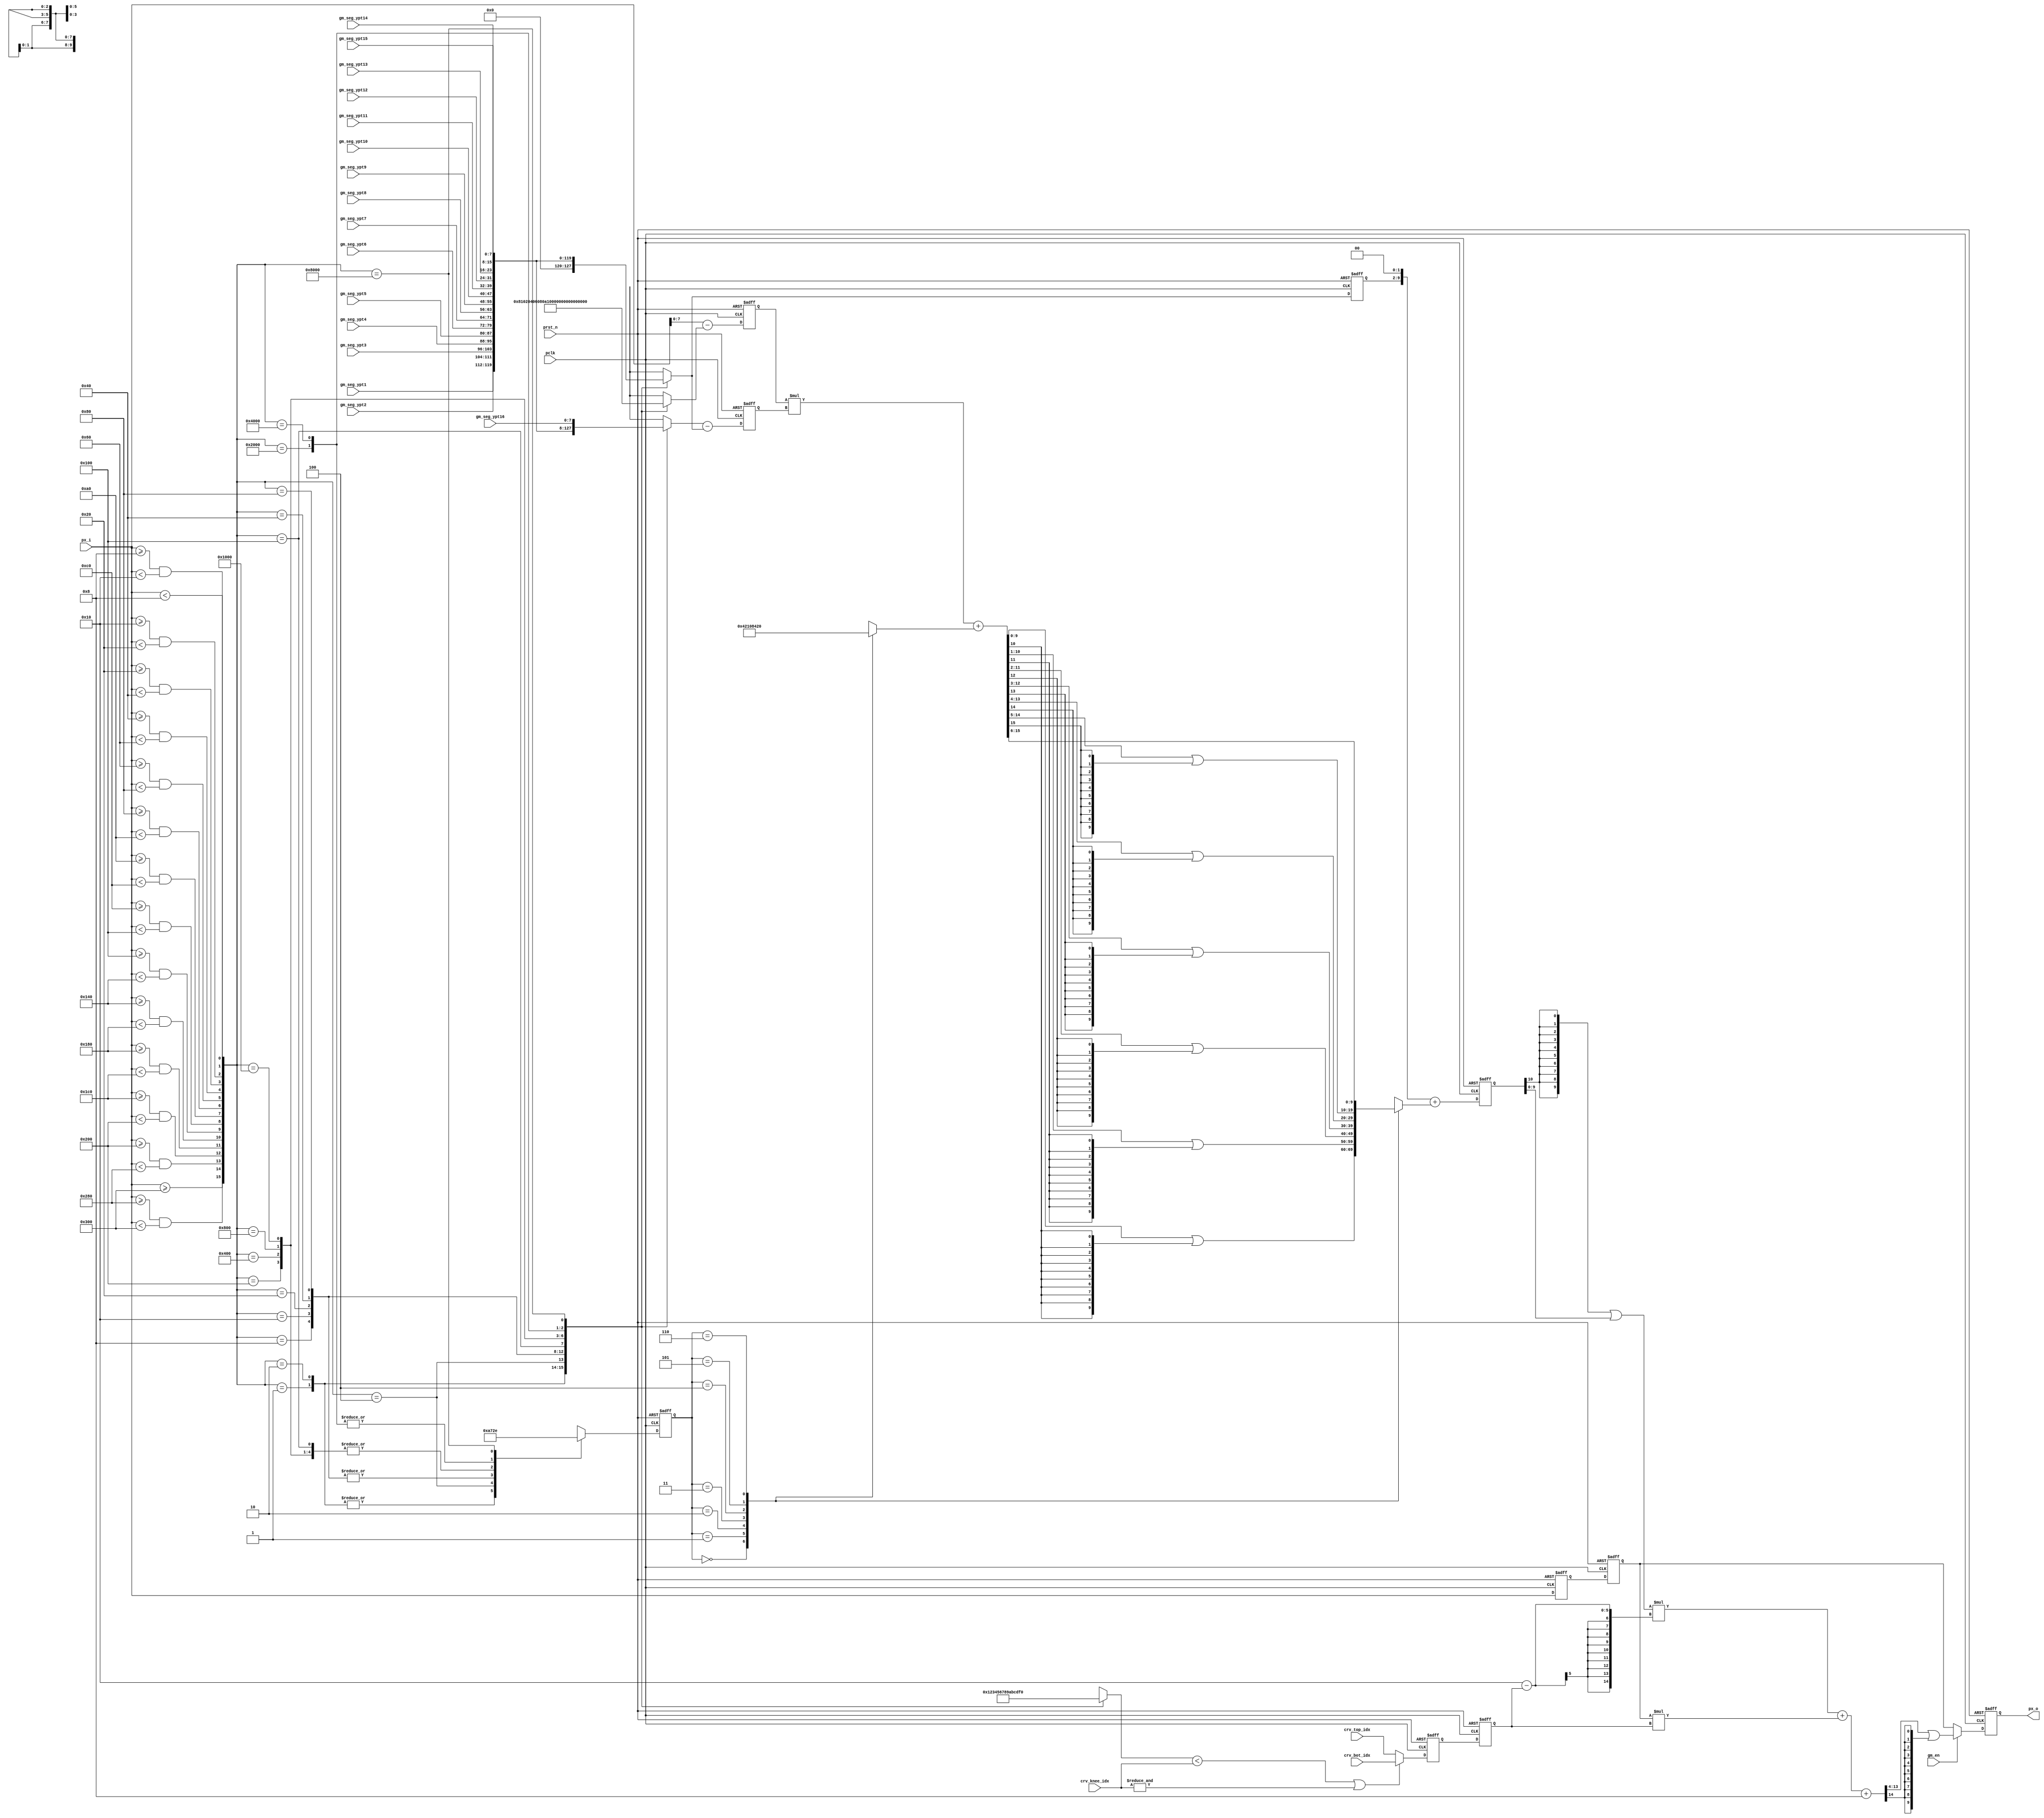
module  gm_curve

#(
parameter                       DATI_SZ         = 10,
parameter                       DATO_SZ         =  8,       // precision: 8.2

parameter                       LINEAR_CURVE    = 0
 )

(
//----------------------------------------------------------//
// Output declaration                                       //
//----------------------------------------------------------//

output      [DATO_SZ+1:0]       px_o,                       // Gamma corrected pixel

//----------------------------------------------------------//
// Input declaration                                        //
//----------------------------------------------------------//

input       [DATI_SZ-1:0]       px_i,                       // pixel input
input                           gm_en,                      // GM enable switch
input       [DATO_SZ-1:0]       gm_seg_ypt1,                // GM curve output seg1 start point
input       [DATO_SZ-1:0]       gm_seg_ypt2,                // GM curve output seg2 start point
input       [DATO_SZ-1:0]       gm_seg_ypt3,                // GM curve output seg3 start point
input       [DATO_SZ-1:0]       gm_seg_ypt4,                // GM curve output seg4 start point
input       [DATO_SZ-1:0]       gm_seg_ypt5,                // GM curve output seg5 start point
input       [DATO_SZ-1:0]       gm_seg_ypt6,                // GM curve output seg6 start point
input       [DATO_SZ-1:0]       gm_seg_ypt7,                // GM curve output seg7 start point
input       [DATO_SZ-1:0]       gm_seg_ypt8,                // GM curve output seg8 start point
input       [DATO_SZ-1:0]       gm_seg_ypt9,                // GM curve output seg9 start point
input       [DATO_SZ-1:0]       gm_seg_ypt10,               // GM curve output seg10 start point
input       [DATO_SZ-1:0]       gm_seg_ypt11,               // GM curve output seg11 start point
input       [DATO_SZ-1:0]       gm_seg_ypt12,               // GM curve output seg12 start point
input       [DATO_SZ-1:0]       gm_seg_ypt13,               // GM curve output seg13 start point
input       [DATO_SZ-1:0]       gm_seg_ypt14,               // GM curve output seg14 start point
input       [DATO_SZ-1:0]       gm_seg_ypt15,               // GM curve output seg15 start point
input       [DATO_SZ-1:0]       gm_seg_ypt16,               // GM curve output seg16 start point
input       [3:0]               crv_knee_idx,               // GM curve knee segment index
input       [3:0]               crv_bot_idx,                // GM curve bottom index
input       [3:0]               crv_top_idx,                // GM curve top index

input                           pclk,                       // pixel clock
input                           prst_n                      // active low reset for pclk domain
);

//----------------------------------------------------------//
// Local Parameter                                          //
//----------------------------------------------------------//

localparam              GM_XPT01        =   8,
                        GM_XPT02        =   8+GM_XPT01,
                        GM_XPT03        =  16+GM_XPT02,
                        GM_XPT04        =  32+GM_XPT03,
                        GM_XPT05        =  32+GM_XPT04,
                        GM_XPT06        =  32+GM_XPT05,
                        GM_XPT07        =  32+GM_XPT06,
                        GM_XPT08        =  32+GM_XPT07,
                        GM_XPT09        =  64+GM_XPT08,
                        GM_XPT10        =  64+GM_XPT09,
                        GM_XPT11        =  64+GM_XPT10,
                        GM_XPT12        =  64+GM_XPT11,
                        GM_XPT13        =  64+GM_XPT12,
                        GM_XPT14        = 128+GM_XPT13,
                        GM_XPT15        = 128+GM_XPT14,
                        GM_XPT16        = 1'b1 << DATI_SZ;

localparam              SEG00           = 16'b0000_0000_0000_0001,
                        SEG01           = 16'b0000_0000_0000_0010,
                        SEG02           = 16'b0000_0000_0000_0100,
                        SEG03           = 16'b0000_0000_0000_1000,
                        SEG04           = 16'b0000_0000_0001_0000,
                        SEG05           = 16'b0000_0000_0010_0000,
                        SEG06           = 16'b0000_0000_0100_0000,
                        SEG07           = 16'b0000_0000_1000_0000,
                        SEG08           = 16'b0000_0001_0000_0000,
                        SEG09           = 16'b0000_0010_0000_0000,
                        SEG10           = 16'b0000_0100_0000_0000,
                        SEG11           = 16'b0000_1000_0000_0000,
                        SEG12           = 16'b0001_0000_0000_0000,
                        SEG13           = 16'b0010_0000_0000_0000,
                        SEG14           = 16'b0100_0000_0000_0000,
                        SEG15           = 16'b1000_0000_0000_0000;


//----------------------------------------------------------//
// REG/Wire declaration                                     //
//----------------------------------------------------------//

reg [DATO_SZ+1:0]       px_o;                               // Gamma corrected pixel
reg [DATI_SZ-1:0]       px_i_q1;                            // px_i CK 1T
reg [DATI_SZ-1:0]       px_i_q2;                            // px_i CK 1T
reg [ 2:0]              sft_idx_q1;                         // sft_idx CK 1T
reg [ 7:0]              pxi_dx_q1;                          // pxi_dx CK 1T
reg [ 7:0]              seg_dy_q1;                          // seg_dy CK 1T
reg [DATO_SZ-1:0]       ypt_str_q1;                         // y start point of segment n
reg [ 3:0]              crv_idx_q1;                         //
reg [ 3:0]              crv_idx_q2;                         //

// Combinational logic
reg [DATI_SZ-1:0]       xpt_str;                            // x start point of segment n
reg [DATO_SZ-1:0]       ypt_str;                            // y start point of segment n
reg [DATO_SZ-1:0]       ypt_end;                            // y end point of segment n
reg [ 2:0]              sft_idx;                            // shift index
reg [ 3:0]              seg_idx;                            // segment index
reg [ 5:0]              round_bit;                          // rounding bit
reg [DATO_SZ+1:0]       pxo_dy;                             // delta of pixel output to Y-segment start pt

reg [DATO_SZ+2:0]       crv_result_q1;                       // Curve result


wire[15:0]              seg_sel;                            // segment select
wire[ 3:0]              crv_idx;                            // curve index
wire[ 7:0]              pxi_dx;                             // delta of pixel input to X-segment start pt
wire[ 7:0]              seg_dy;                             // width of Y-segment n
wire[15:0]              crv_prod;                           // Curve product
wire[DATO_SZ+2  :0]     crv_result;                         // Curve result
wire[DATO_SZ+5+1:0]     px_itp;                             // pixel interpolation
wire[DATO_SZ+1:0]       px_o_nxt;                           //

//----------------------------------------------------------//
// Code Descriptions                                        //
//----------------------------------------------------------//

// In/Out segment select

assign  seg_sel = {px_i >= GM_XPT15,
                   px_i >= GM_XPT14 && px_i < GM_XPT15,
                   px_i >= GM_XPT13 && px_i < GM_XPT14,
                   px_i >= GM_XPT12 && px_i < GM_XPT13,
                   px_i >= GM_XPT11 && px_i < GM_XPT12,
                   px_i >= GM_XPT10 && px_i < GM_XPT11,
                   px_i >= GM_XPT09 && px_i < GM_XPT10,
                   px_i >= GM_XPT08 && px_i < GM_XPT09,
                   px_i >= GM_XPT07 && px_i < GM_XPT08,
                   px_i >= GM_XPT06 && px_i < GM_XPT07,
                   px_i >= GM_XPT05 && px_i < GM_XPT06,
                   px_i >= GM_XPT04 && px_i < GM_XPT05,
                   px_i >= GM_XPT03 && px_i < GM_XPT04,
                   px_i >= GM_XPT02 && px_i < GM_XPT03,
                   px_i >= GM_XPT01 && px_i < GM_XPT02,
                                       px_i < GM_XPT01};
always @* begin

             ypt_str = 0;
             ypt_end = 0;
             xpt_str = 0;
             sft_idx = 0;
             seg_idx = 0;

   case(seg_sel) // synopsys full_case
   SEG00: begin
             ypt_str = 0;
             ypt_end = gm_seg_ypt1;
             xpt_str = 0;
             sft_idx = 1;               // delat-X = 8
             seg_idx = 0;
          end
   SEG01: begin
             ypt_str = gm_seg_ypt1;
             ypt_end = gm_seg_ypt2;
             xpt_str = GM_XPT01;
             sft_idx = 1;               // delat-X = 8
             seg_idx = 1;
          end
   SEG02: begin
             ypt_str = gm_seg_ypt2;
             ypt_end = gm_seg_ypt3;
             xpt_str = GM_XPT02;
             sft_idx = 2;               // delat-X = 16
             seg_idx = 2;
          end
   SEG03: begin
             ypt_str = gm_seg_ypt3;
             ypt_end = gm_seg_ypt4;
             xpt_str = GM_XPT03;
             sft_idx = 3;               // delat-X = 32
             seg_idx = 3;
          end
   SEG04: begin
             ypt_str = gm_seg_ypt4;
             ypt_end = gm_seg_ypt5;
             xpt_str = GM_XPT04;
             sft_idx = 3;               // delat-X = 32
             seg_idx = 4;
          end
   SEG05: begin
             ypt_str = gm_seg_ypt5;
             ypt_end = gm_seg_ypt6;
             xpt_str = GM_XPT05;
             sft_idx = 3;               // delat-X = 32
             seg_idx = 5;
          end
   SEG06: begin
             ypt_str = gm_seg_ypt6;
             ypt_end = gm_seg_ypt7;
             xpt_str = GM_XPT06;
             sft_idx = 3;               // delat-X = 32
             seg_idx = 6;
          end
   SEG07: begin
             ypt_str = gm_seg_ypt7;
             ypt_end = gm_seg_ypt8;
             xpt_str = GM_XPT07;
             sft_idx = 3;               // delat-X = 32
             seg_idx = 7;
          end
   SEG08: begin
             ypt_str = gm_seg_ypt8;
             ypt_end = gm_seg_ypt9;
             xpt_str = GM_XPT08;
             sft_idx = 4;               // delat-X = 64
             seg_idx = 8;
          end
   SEG09: begin
             ypt_str = gm_seg_ypt9;
             ypt_end = gm_seg_ypt10;
             xpt_str = GM_XPT09;
             sft_idx = 4;               // delat-X = 64
             seg_idx = 9;
          end
   SEG10: begin
             ypt_str = gm_seg_ypt10;
             ypt_end = gm_seg_ypt11;
             xpt_str = GM_XPT10;
             sft_idx = 4;               // delat-X = 64
             seg_idx = 10;
          end
   SEG11: begin
             ypt_str = gm_seg_ypt11;
             ypt_end = gm_seg_ypt12;
             xpt_str = GM_XPT11;
             sft_idx = 4;               // delat-X = 64
             seg_idx = 11;
          end
   SEG12: begin
             ypt_str = gm_seg_ypt12;
             ypt_end = gm_seg_ypt13;
             xpt_str = GM_XPT12;
             sft_idx = 4;               // delat-X = 64
             seg_idx = 12;
          end
   SEG13: begin
             ypt_str = gm_seg_ypt13;
             ypt_end = gm_seg_ypt14;
             xpt_str = GM_XPT13;
             sft_idx = 5;               // delat-X = 128
             seg_idx = 13;
          end
   SEG14: begin
             ypt_str = gm_seg_ypt14;
             ypt_end = gm_seg_ypt15;
             xpt_str = GM_XPT14;
             sft_idx = 5;               // delat-X = 128
             seg_idx = 14;
          end
   SEG15: begin
             ypt_str = gm_seg_ypt15;
             ypt_end = gm_seg_ypt16;
             xpt_str = GM_XPT15;
             sft_idx = 6;               // delat-X = 256
             seg_idx = 15;
          end
   endcase
end

// X, Y delta value

assign  crv_idx = (seg_idx  < crv_knee_idx) | (&crv_knee_idx) ? crv_bot_idx : crv_top_idx;
assign  pxi_dx  = px_i    - xpt_str;
assign  seg_dy  = ypt_end - ypt_str;

// Gamma curve operation
// 8. * 8.
assign  crv_prod   = pxi_dx_q1 * seg_dy_q1 + round_bit;

// 9.2 = 8.2. + 8.2
assign  crv_result = {ypt_str_q1,2'h0} + pxo_dy;

// 9.6 = 8.2 * 1.4 + 8.2 * .4
generate
   if (LINEAR_CURVE) begin: gen_px_itp_0
      assign  px_itp =                                          px_i_q2      [0 +: DATO_SZ+2]  * (5'b10000-crv_idx_q2) +
                       ({DATO_SZ+2{crv_result_q1[DATO_SZ+2]}} | crv_result_q1[0 +: DATO_SZ+2]) * crv_idx_q2 + 4'b1000;
   end
   else begin: gen_px_itp_1
      assign  px_itp = ({DATO_SZ+2{crv_result_q1[DATO_SZ+2]}} | crv_result_q1[0 +: DATO_SZ+2]) * (5'b10000-crv_idx_q2) +
                                                                px_i_q2      [0 +: DATO_SZ+2]  * crv_idx_q2 + 4'b1000;
   end
endgenerate

assign  px_o_nxt = gm_en ? px_itp[4 +: DATO_SZ+2] | {DATO_SZ+2{px_itp[DATO_SZ+2+4]}} : px_i_q2[0 +: DATO_SZ+2];


always @* begin

   round_bit = 0;

   case (sft_idx_q1) // synopsys full_case
   0: round_bit = 1'b0;
   1: round_bit = 1'b1;         // delat-X = 8
   2: round_bit = 2'b10;        // delat-X = 16
   3: round_bit = 3'b100;       // delat-X = 32
   4: round_bit = 4'b1000;      // delat-X = 64
   5: round_bit = 5'b10000;     // delat-X = 128
   6: round_bit = 6'b100000;    // delat-X = 256
   endcase
end

always @* begin

   pxo_dy = 0;

   case (sft_idx_q1) // synopsys full_case
   0: pxo_dy = crv_prod[0 +: DATO_SZ+2] | {DATO_SZ+2{crv_prod[DATO_SZ+2]}};
   1: pxo_dy = crv_prod[1 +: DATO_SZ+2] | {DATO_SZ+2{crv_prod[DATO_SZ+3]}};
   2: pxo_dy = crv_prod[2 +: DATO_SZ+2] | {DATO_SZ+2{crv_prod[DATO_SZ+4]}};
   3: pxo_dy = crv_prod[3 +: DATO_SZ+2] | {DATO_SZ+2{crv_prod[DATO_SZ+5]}};
   4: pxo_dy = crv_prod[4 +: DATO_SZ+2] | {DATO_SZ+2{crv_prod[DATO_SZ+6]}};
   5: pxo_dy = crv_prod[5 +: DATO_SZ+2] | {DATO_SZ+2{crv_prod[DATO_SZ+7]}};
   6: pxo_dy = crv_prod[6 +: DATO_SZ+2];
   endcase

end

// Sequential Logic
// -----------------------------------------------

always @(posedge pclk or negedge prst_n) begin
   if (~prst_n) begin
      sft_idx_q1    <= 0;
      pxi_dx_q1     <= 0;
      seg_dy_q1     <= 0;
      ypt_str_q1    <= 0;
      crv_result_q1 <= 0;
      px_i_q1       <= 0;
      px_i_q2       <= 0;
      crv_idx_q1    <= 0;
      crv_idx_q2    <= 0;
      px_o          <= 0;
   end
   else begin
      sft_idx_q1    <= sft_idx;
      pxi_dx_q1     <= pxi_dx;
      seg_dy_q1     <= seg_dy;
      ypt_str_q1    <= ypt_str;
      crv_result_q1 <= crv_result;
      px_i_q1       <= px_i;
      px_i_q2       <= px_i_q1;
      crv_idx_q1    <= crv_idx;
      crv_idx_q2    <= crv_idx_q1;
      px_o          <= px_o_nxt;
   end
end

endmodule